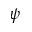
\psi